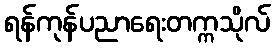
ရန်ကုန်ပညာရေးတက္ကသိုလ်